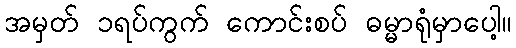
အမှတ် ၁ရပ်ကွက် ကောင်းစပ် ဓမ္မာရုံမှာပေါ့။